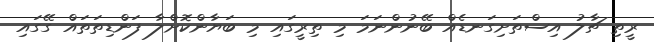
ރީތި ޗާލު އިސްތަށިގަނޑެއް ބޭނުންނަމަ މި ތިރީގައި މި ބަޔާންކޮށްލާ ފަންޑިތަތައް ގޭގައި